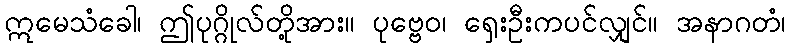
ဣမေသံခေါ၊ ဤပုဂ္ဂိုလ်တို့အား။ ပုဗ္ဗေဝ၊ ရှေးဦးကပင်လျှင်။ အနာဂတံ၊